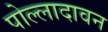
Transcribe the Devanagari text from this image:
पोल्लादावन